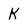
Character: K